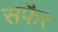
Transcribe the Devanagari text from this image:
सफैर